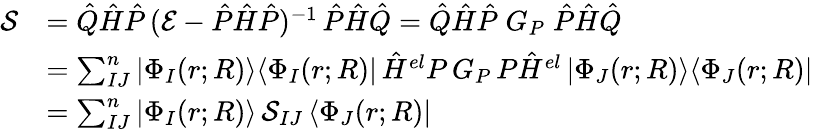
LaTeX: \begin{array}{rl}{\mathcal{S}}&{=\hat{Q}\hat{H}\hat{P}\, (\mathcal{E}-\hat{P}\hat{H}\hat{P})^{-1}\, \hat{P}\hat{H}\hat{Q}=\hat{Q}\hat{H}\hat{P}\; G_{P}\; \hat{P}\hat{H}\hat{Q}}\\ &{=\sum_{IJ}^{n}|\Phi_{I}(r;R)\rangle\langle\Phi_{I}(r;R)|\, \hat{H}^{el}P\, G_{P}\, P\hat{H}^{el}\, |\Phi_{J}(r;R)\rangle\langle\Phi_{J}(r;R)|}\\ &{=\sum_{IJ}^{n}|\Phi_{I}(r;R)\rangle\, \mathcal{S}_{IJ}\, \langle\Phi_{J}(r;R)|}\end{array}